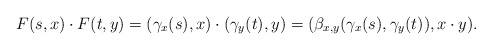
\begin{align*}F(s,x)\cdot F(t,y)=(\gamma_x(s),x)\cdot (\gamma_y(t),y)=(\beta_{x,y}(\gamma_x(s),\gamma_y(t)),x\cdot y).\end{align*}